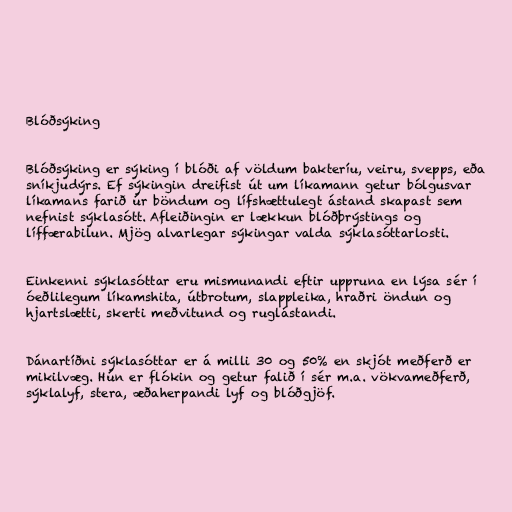
Blóðsýking

Blóðsýking er sýking í blóði af völdum bakteríu, veiru, svepps, eða
sníkjudýrs. Ef sýkingin dreifist út um líkamann getur bólgusvar
líkamans farið úr böndum og lífshættulegt ástand skapast sem
nefnist sýklasótt. Afleiðingin er lækkun blóðþrýstings og
líffærabilun. Mjög alvarlegar sýkingar valda sýklasóttarlosti.

Einkenni sýklasóttar eru mismunandi eftir uppruna en lýsa sér í
óeðlilegum líkamshita, útbrotum, slappleika, hraðri öndun og
hjartslætti, skerti meðvitund og ruglástandi.

Dánartíðni sýklasóttar er á milli 30 og 50% en skjót meðferð er
mikilvæg. Hún er flókin og getur falið í sér m.a. vökvameðferð,
sýklalyf, stera, æðaherpandi lyf og blóðgjöf.